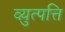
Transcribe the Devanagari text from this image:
व्य़ुत्पत्ति